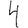
Digit: 4